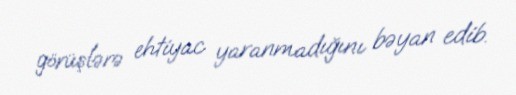
görüşlərə ehtiyac yaranmadığını bəyan edib.